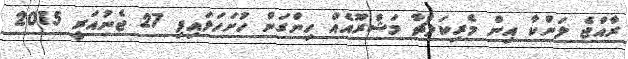
ރާއްޖެ ލަންކާ އިން މެރިކަލްޗާ މަޝްރޫއެއް ހިންގަން ހުށަހަޅައިފި 27 ޖެނުއަރީ 2015